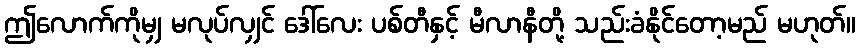
ဤလောက်ကိုမျှ မလုပ်လျှင် ဒေါ်လေး ပစ်တီနှင့် မီလာနီတို့ သည်းခံနိုင်တော့မည် မဟုတ်။